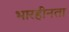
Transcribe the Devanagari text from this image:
भारहीनता